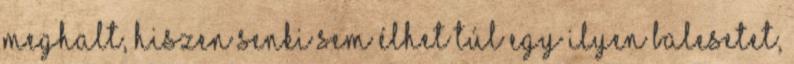
meghalt, hiszen senki sem élhet túl egy ilyen balesetet,